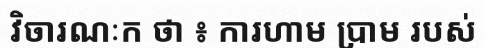
វិចារណៈក ថា ៖ ការហាម ប្រាម របស់